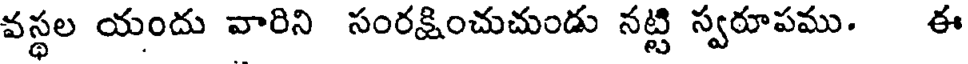
వస్థల యందు వారిని సంరక్షించుచుండు నట్టి స్వరూపము. ఈ